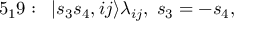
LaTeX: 5 _ { 1 } 9 : \; \; | s _ { 3 } s _ { 4 } , i j \rangle \lambda _ { i j } , \; s _ { 3 } = - s _ { 4 } ,